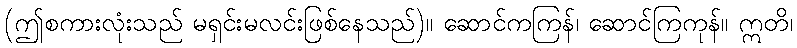
(ဤစကားလုံးသည် မရှင်းမလင်းဖြစ်နေသည်)။ ဆောင်ကကြန်၊ ဆောင်ကြကုန်။ ဣတိ၊